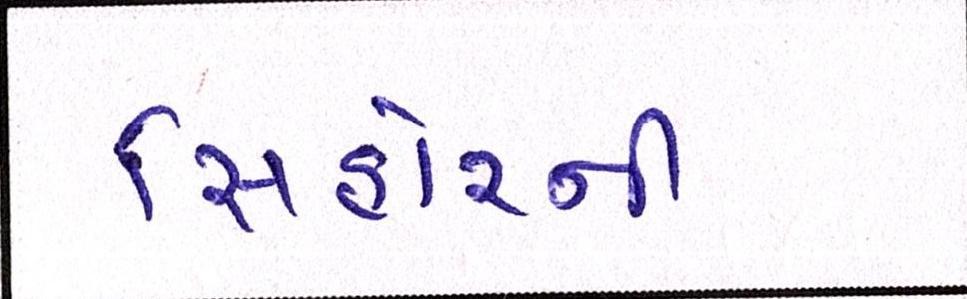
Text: સિહોરની